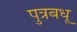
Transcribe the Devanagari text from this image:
पुत्रबधू